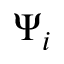
\Psi _ { i }